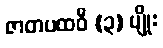
ဇာတပထဝီ (၃) မျိုး